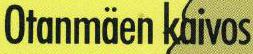
Otanmäen kaivos